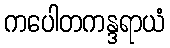
ကပေါတကန္ဒရာယံ